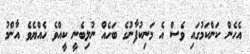
އެހެން ކަންކަމުގައި ވެސް އެ މަނިކުފާނުގެ ބަހެއް ނުލިބެނީ ކީއްވެ ހެއްޔެވެ އާންމު